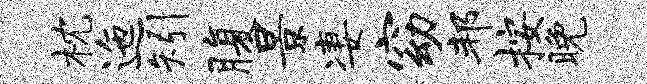
枕迤矧腹景凄窈邦按晚